65_HS1-834228961_62-HQ-83894_Section_8
Agency: FBI
Page 173
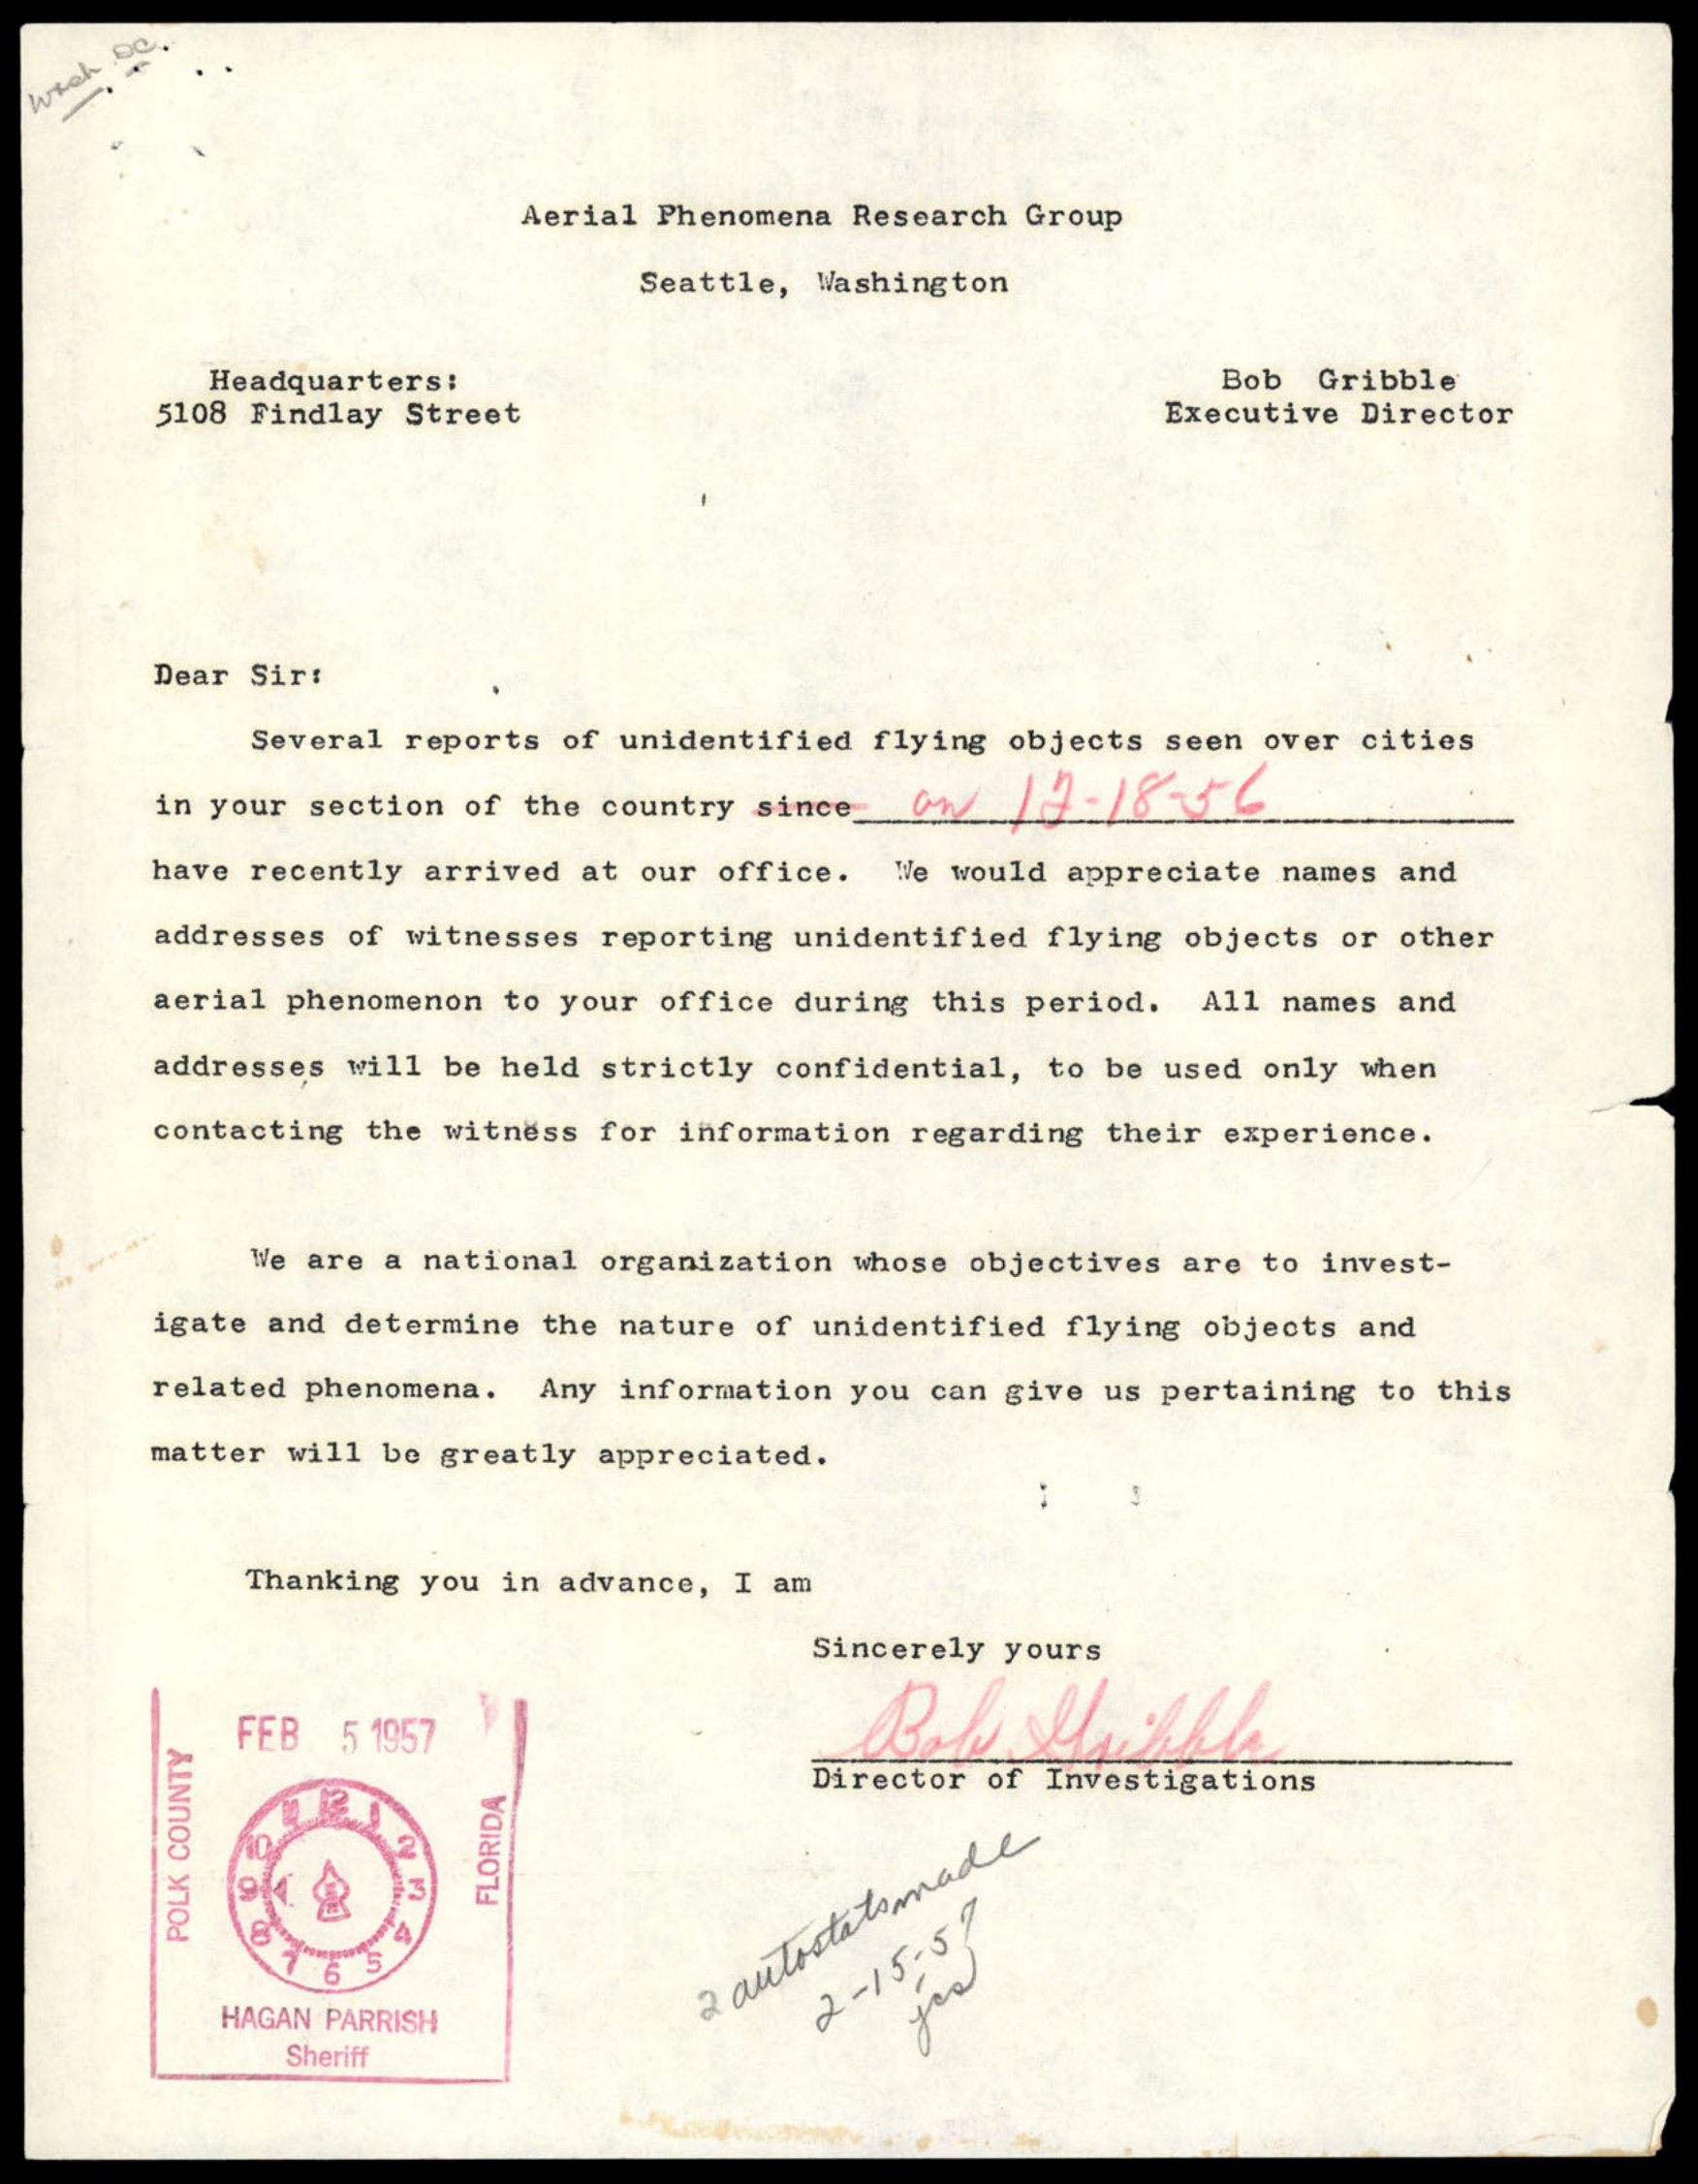